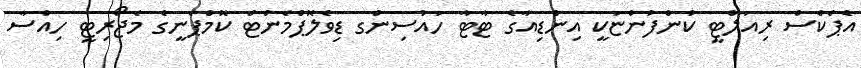
އެޕެކްސް ރިއަލްޓީ ކުންފުންޏަކީ އިންޑިއާގެ ޓާޓާ ހައުސިންގ ޑިވެލޮޕްމެންޓް ކޮމްޕެނީގެ މެޖޯރިޓީ ހިއްސާ